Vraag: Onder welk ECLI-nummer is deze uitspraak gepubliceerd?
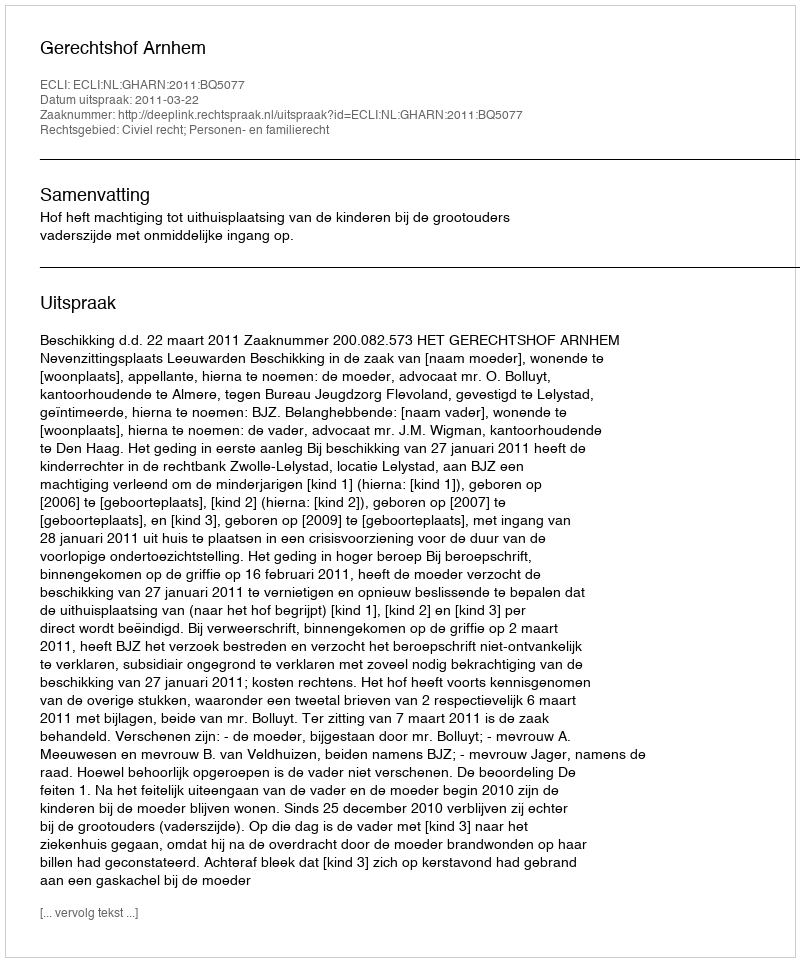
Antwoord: ECLI:NL:GHARN:2011:BQ5077